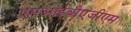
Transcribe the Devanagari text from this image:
एसआईवीएजीएम